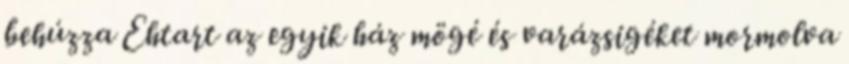
behúzza Ehtart az egyik ház mögé és varázsigéket mormolva